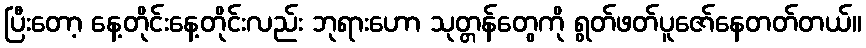
ပြီးတော့ နေ့တိုင်းနေ့တိုင်းလည်း ဘုရားဟော သုတ္တန်တွေကို ရွတ်ဖတ်ပူဇော်နေတတ်တယ်။